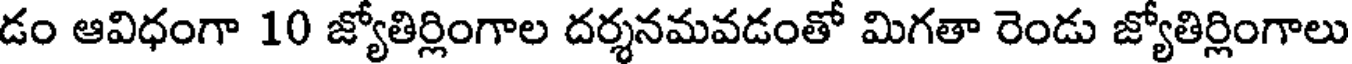
డం ఆవిధంగా 10 జ్యోతిర్లింగాల దర్శనమవడంతో మిగతా రెండు జ్యోతిర్లింగాలు